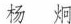
杨 炯